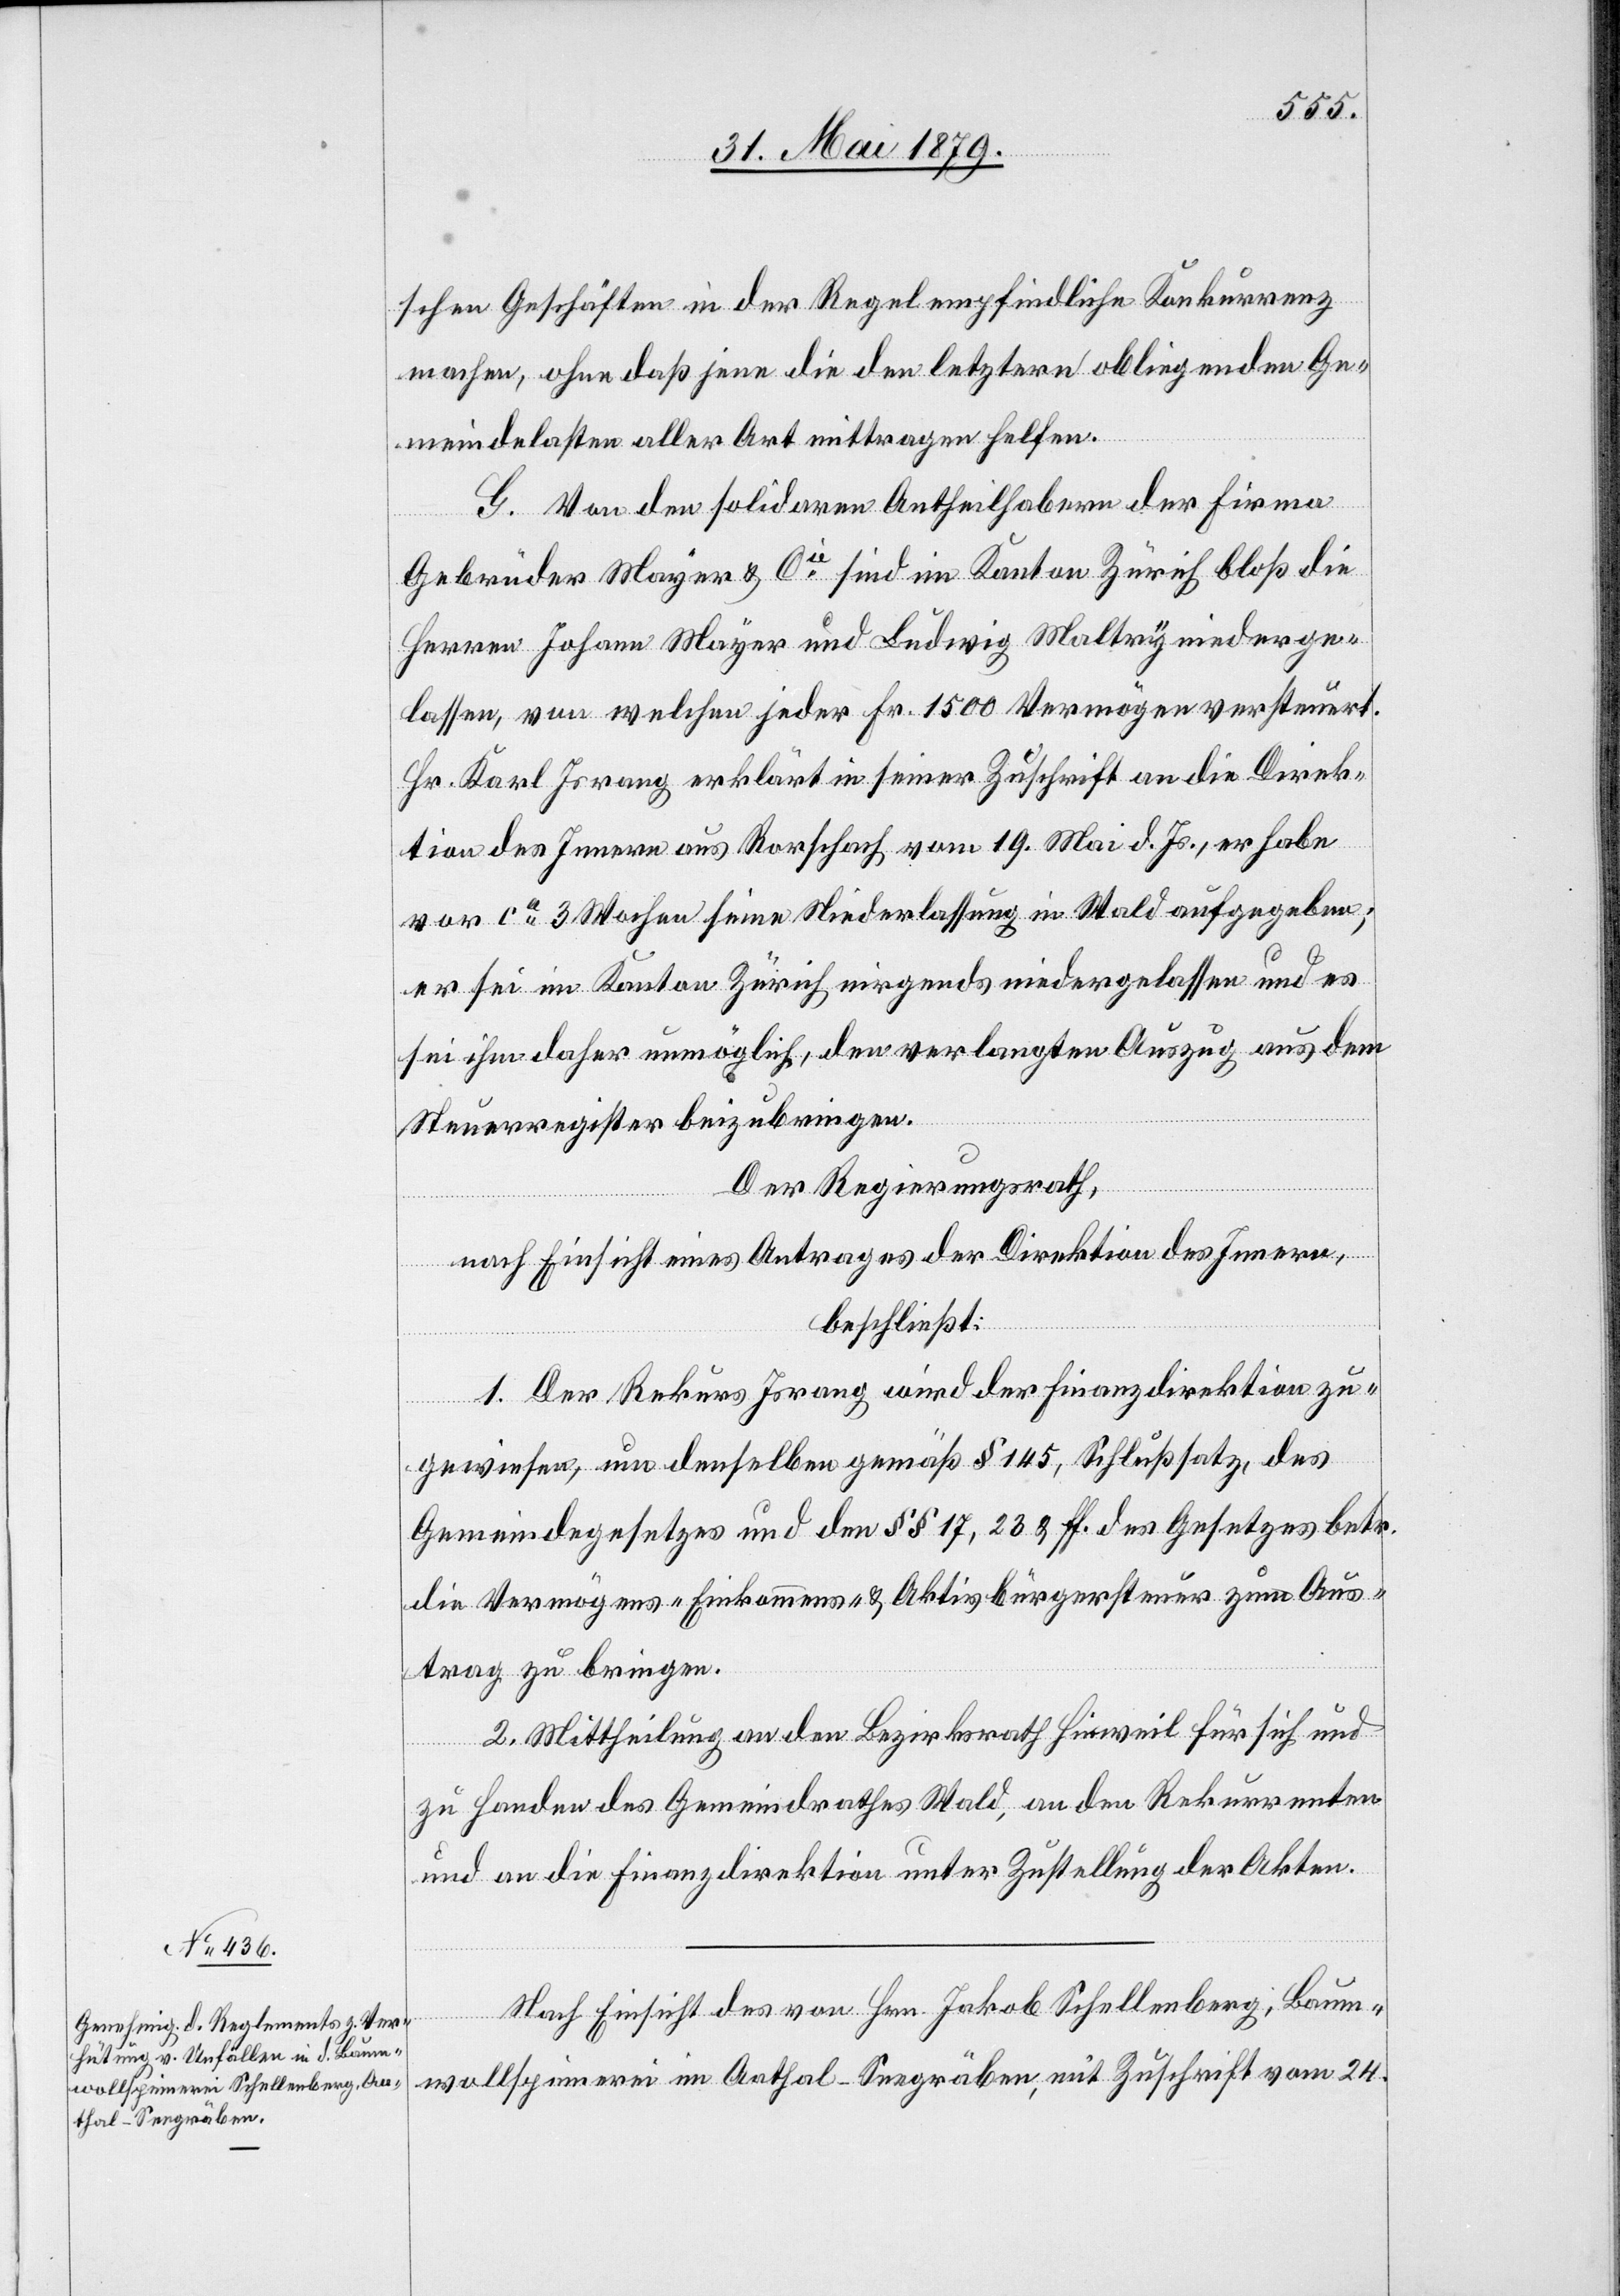
schen Geschäften in der Regel empfindliche Konkurrenz
machen, ohne daß jene die den letztern obliegenden Ge¬
meindelasten aller Art mittragen helfen.
G. Von den solidaren Antheilhabern der Firma
Gebrüder Mayer & Cie sind im Kanton Zürich bloß die
Herren Johann Mayer und Ludwig Maltry niederge¬
lassen, von welchen jeder Fr. 1500 Vermögen versteuert.
Hr. Karl Israng erklärt in seiner Zuschrift an die Direk¬
tion des Innern aus Rorschach vom 19. Mai d. Js., er habe
vor ca 3 Wochen seine Niederlassung in Wald aufgegeben;
er sei im Kanton Zürich nirgends niedergelassen und es
sei ihm daher unmöglich, den verlangten Auszug aus dem
Steuerregister beizubringen.
Der Regierungsrath,
nach Einsicht eines Antrages der Direktion des Innern,
beschließt:
1. Der Rekurs Israng wird der Finanzdirektion zu¬
gewiesen, um denselben gemäß § 145, Schlußsatz, des
Gemeindegesetzes und den §§ 17, 23 & ff. des Gesetzes betr.
die Vermögens- Einkommens- & Aktivbürgersteuer zum Aus¬
trag zu bringen.
2. Mittheilung an den Bezirksrath Hinweil für sich und
zu Handen des Gemeindrathes Wald, an den Rekurrenten
und an die Finanzdirektion unter Zustellung der Akten.
Nach Einsicht des von Hrn. Jakob Schellenberg, Baum¬
wollspinnerei im Aathal - Seegräben, mit Zuschrift vom 24.